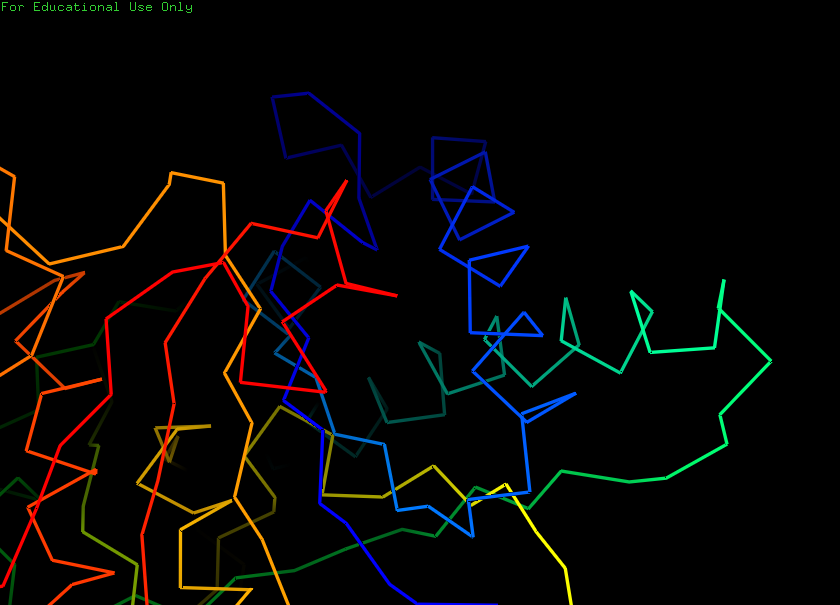
pymol, preset, ligand_sites_dots